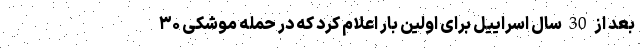
بعد از 30 سال اسراییل برای اولین بار اعلام کرد که در حمله موشکی ۳۰